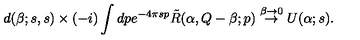
d ( \beta ; s , s ) \times ( - i ) \int d p e ^ { - 4 \pi s p } \tilde { R } ( \alpha , Q - \beta ; p ) \stackrel { \beta \to 0 } { \rightarrow } U ( \alpha ; s ) .